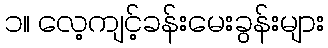
၁။ လေ့ကျင့်ခန်းမေးခွန်းများ